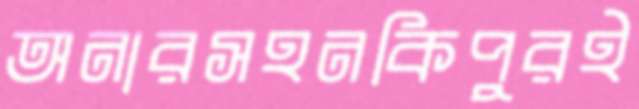
অনারসহনকিপুরই